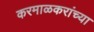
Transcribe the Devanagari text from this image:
करमाळकरांच्या